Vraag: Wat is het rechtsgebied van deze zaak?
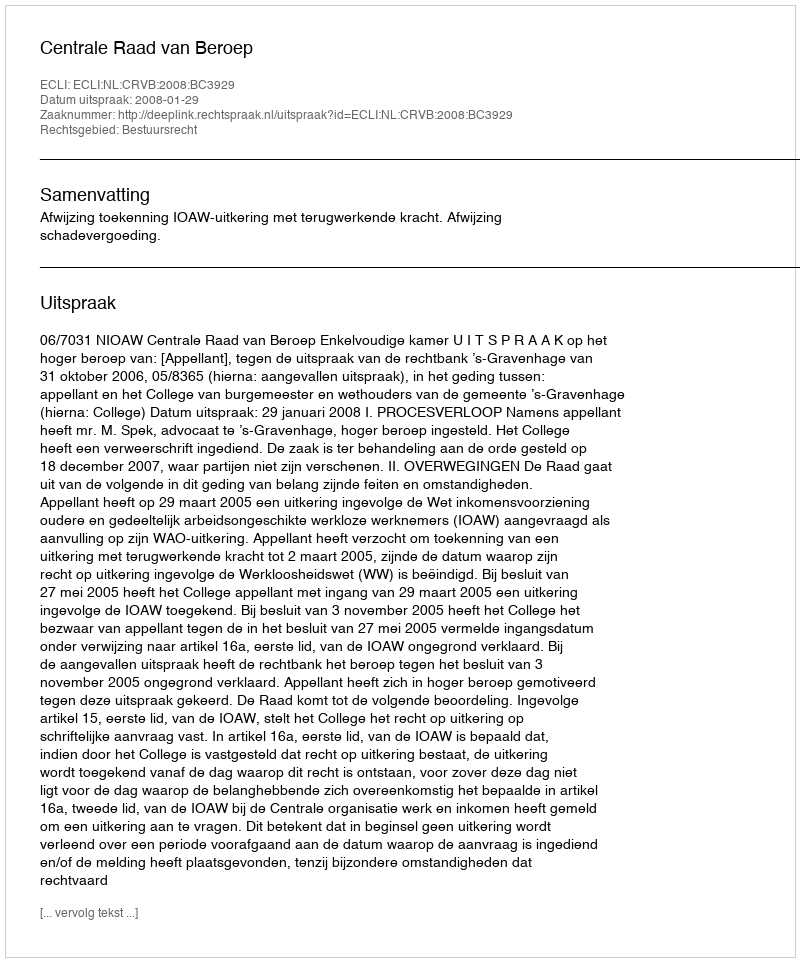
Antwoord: Bestuursrecht